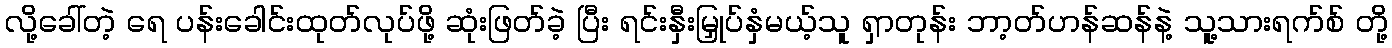
လို့ခေါ်တဲ့ ရေ ပန်းခေါင်းထုတ်လုပ်ဖို့ ဆုံးဖြတ်ခဲ့ ပြီး ရင်းနှီးမြှုပ်နှံမယ့်သူ ရှာတုန်း ဘာ့တ်ဟန်ဆန်နဲ့ သူ့သားရက်စ် တို့